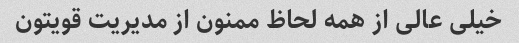
خیلی عالی از همه لحاظ ممنون از مدیریت قویتون